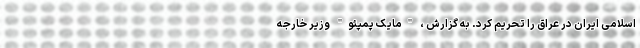
اسلامی ایران در عراق را تحریم کرد. به گزارش ، "مایک پمپئو" وزیر خارجه